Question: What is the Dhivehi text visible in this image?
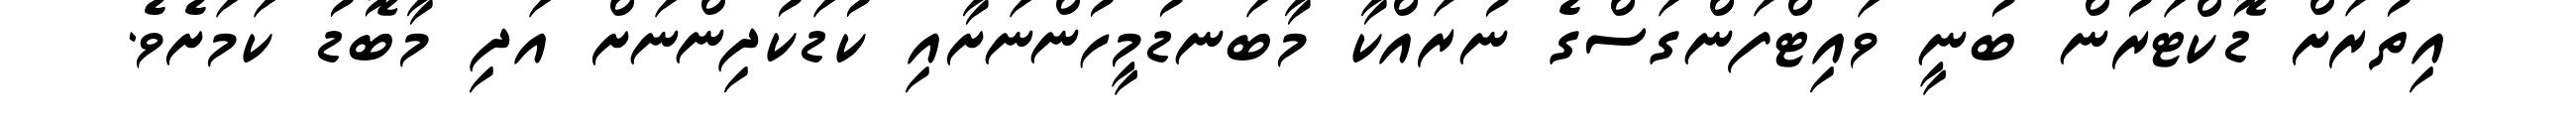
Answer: އިތުރަށް ޑޮކްޓަރުން ބުނީ ވައިޓްފަންގަސްގެ ނުރައްކާ މާބަނޑުމީހުންނަށާއި ކުޑަކުދިންނަށް އަދި މާބޮޑު ކަމަށެވެ.